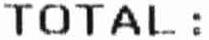
TOTAL: